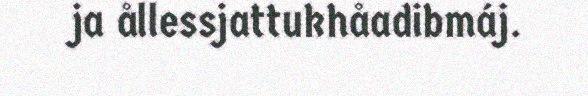
ja ållessjattukhåadibmáj.